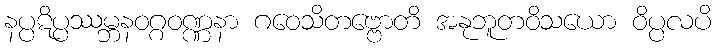
နပ္ပဋိပ္ပဿမ္ဘနဝဂ္ဂဝဏ္ဏနာ ဂဝေသိတဗ္ဗောတိ အနုဘူတဝိသယော ဝိပ္ပလပိ